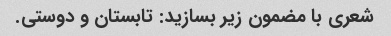
شعری با مضمون زیر بسازید: تابستان و دوستی.